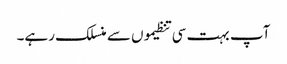
آپ بہت سی تنظیموں سے منسلک رہے۔